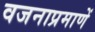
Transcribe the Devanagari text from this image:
वजनाप्रमाणें